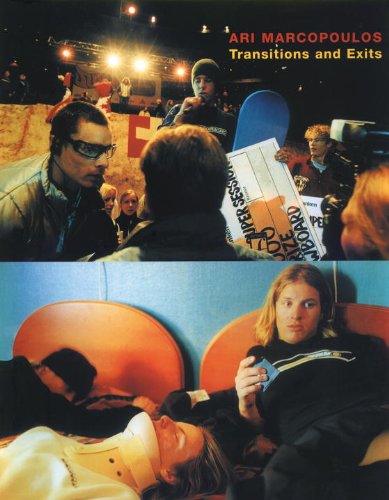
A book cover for Transitions and Exits; Sports & Outdoors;